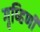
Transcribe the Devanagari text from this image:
गृष्हिणी